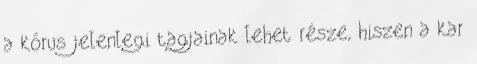
a kórus jelenlegi tagjainak lehet része, hiszen a kar